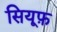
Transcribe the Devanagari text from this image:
सियूफ़